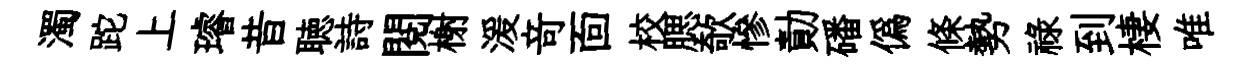
濁跎上璿昔聴詩閲榭湲竒靣校腮欹慘勣磻偽條勢禄到棲唯